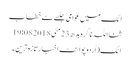
اٹک میں عوامی جلسے سے خطاب
ثنااللہ ناگرہ بدھ 23 مئی 2018 19:08
اٹک (اُردوپوائنٹ اخبارتازہ ترین۔